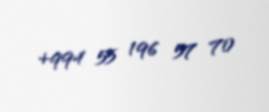
+994 55 196 57 70